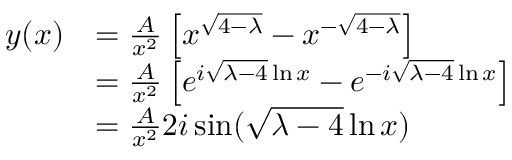
\begin{array} { r l } { y ( x ) } & { = \frac { A } { x ^ { 2 } } \left[ x ^ { \sqrt { 4 - \lambda } } - x ^ { - \sqrt { 4 - \lambda } } \right] } \\ & { = \frac { A } { x ^ { 2 } } \left[ e ^ { i \sqrt { \lambda - 4 } \ln x } - e ^ { - i \sqrt { \lambda - 4 } \ln x } \right] } \\ & { = \frac { A } { x ^ { 2 } } 2 i \sin ( \sqrt { \lambda - 4 } \ln x ) } \end{array}